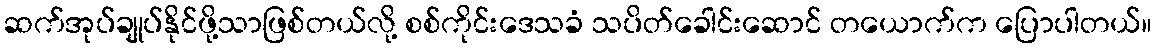
ဆက်အုပ်ချုပ်နိုင်ဖို့သာဖြစ်တယ်လို့ စစ်ကိုင်းဒေသခံ သပိတ်ခေါင်းဆောင် တယောက်က ပြောပါတယ်။